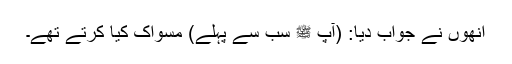
انھوں نے جواب دیا: (آپ ﷺ سب سے پہلے) مسواک کیا کرتے تھے۔